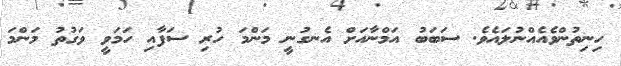
ހިނިތުންވެއެއްނުލައެވެ. ސަބަބު އަމްނާއަށް އެނގުނީ މަންމަ ހުރި ސަފާއި ހަމަވީ ވަގުތު މަންމަ